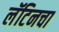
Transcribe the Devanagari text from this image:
लॅटिनचा